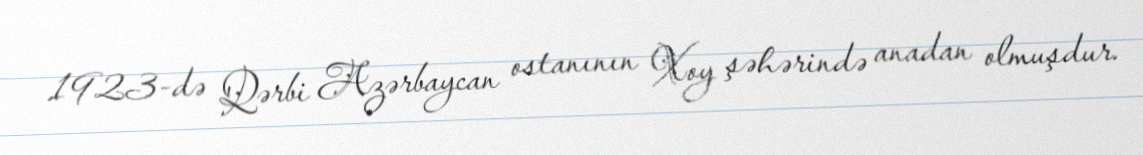
1923-də Qərbi Azərbaycan ostanının Xoy şəhərində anadan olmuşdur.